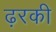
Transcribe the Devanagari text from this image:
ढ़रकी